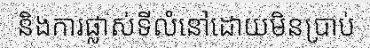
និងការផ្លាស់ទីលំនៅដោយមិនប្រាប់